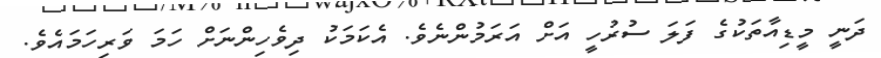
ދަނީ މީޑިއާތަކުގެ ފަލަ ސުރުހީ އަށް އަރަމުންނެވެ. އެކަމަކު ދިވެހިންނަށް ހަމަ ވަރިހަމައެވެ.